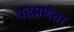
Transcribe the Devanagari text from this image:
पदप्रणेता